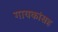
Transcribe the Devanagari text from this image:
गायकांसह